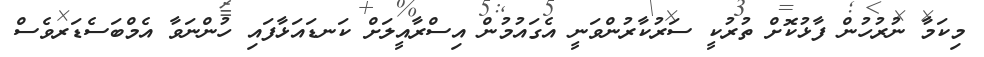
މިކަމާ ނުރުހުން ފާޅުކޮށް ތުރުކީ ސަރުކާރުންވަނީ އެގައުމުން އިސްރާއީލަށް ކަނޑައަޅާފައި ހުންނަވާ އެމްބަސެޑަރވެސް